Civil Veterinary Department Bihar & Orissa reports 1911-21 - 1911-1921
Year: 1911
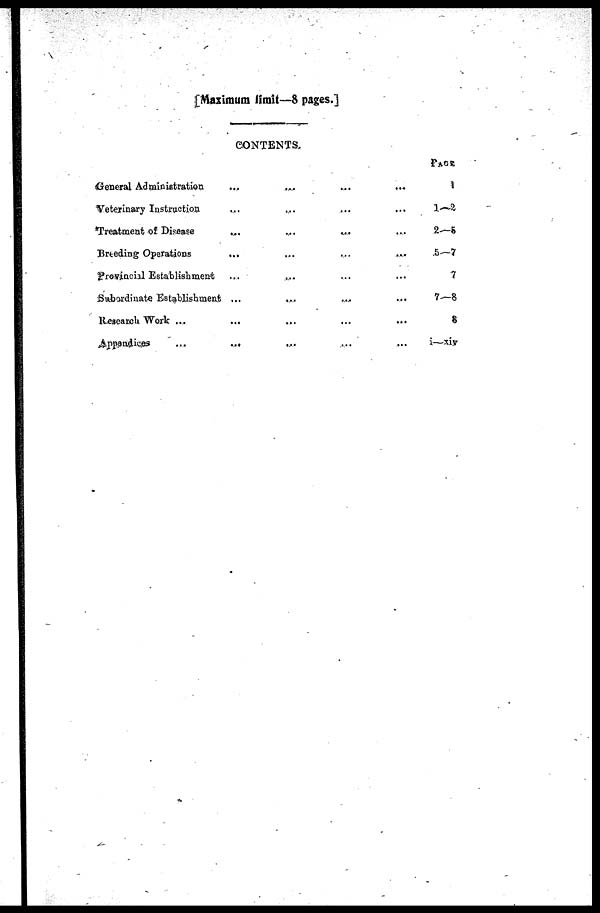
[Maximum limit—8 pages.]
CONTENTS.
General Administration
Veterinary Instruction
Treatment of Disease
Breeding Operations
provincial Establishment
Subordinate. Establishment
Research Work ...
Appendices
...
...
…
…
...
...
...
…
…
…
…
…
…
…
…
…
…
…
…
…
…
…
…
…
…
…
…
…
…
…
…
…
PAGE
1
1-2
2—5
5—7
7
7—8
8
i—xiv